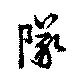
隊